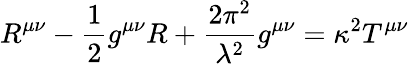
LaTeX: R^{\mu\nu}-\frac{1}{2}g^{\mu\nu}R+\frac{2\pi^{2}}{{\lambda}^{2}}g^{\mu\nu}=\kappa^{2}T^{\mu\nu}